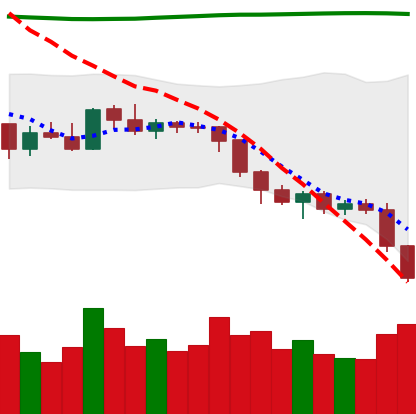
Ticker: ETH-USD
Chart end date: 2018-08-08
Forward return: -19.662%
Label: down_7plus